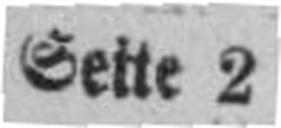
Sette 2